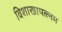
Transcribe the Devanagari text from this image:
विशाखापत्त्नम